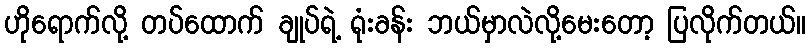
ဟိုရောက်လို့ တပ်ထောက် ချုပ်ရဲ့ ရုံးခန်း ဘယ်မှာလဲလို့မေးတော့ ပြလိုက်တယ်။